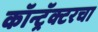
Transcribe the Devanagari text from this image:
कॉन्ट्रॅक्टरचा